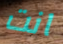
انت